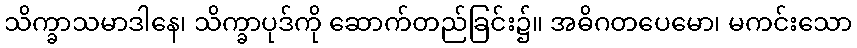
သိက္ခာသမာဒါနေ၊ သိက္ခာပုဒ်ကို ဆောက်တည်ခြင်း၌။ အဓိဂတပေမော၊ မကင်းသော